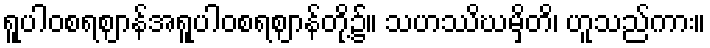
ရူပါဝစရဈာန်အရူပါဝစရဈာန်တို့၌။ သဟဿိဃမှိတိ၊ ဟူသည်ကား။